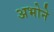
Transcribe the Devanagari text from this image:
अभोने